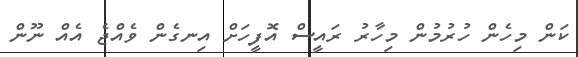
ކަން މިހެން ހުރުމުން މިހާރު ރައީސް އޮފީހަށް އިނގެން ވެއްޖެ އެއް ނޫން